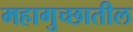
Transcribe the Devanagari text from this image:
महागुच्छातील